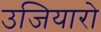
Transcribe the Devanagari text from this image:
उजियारो